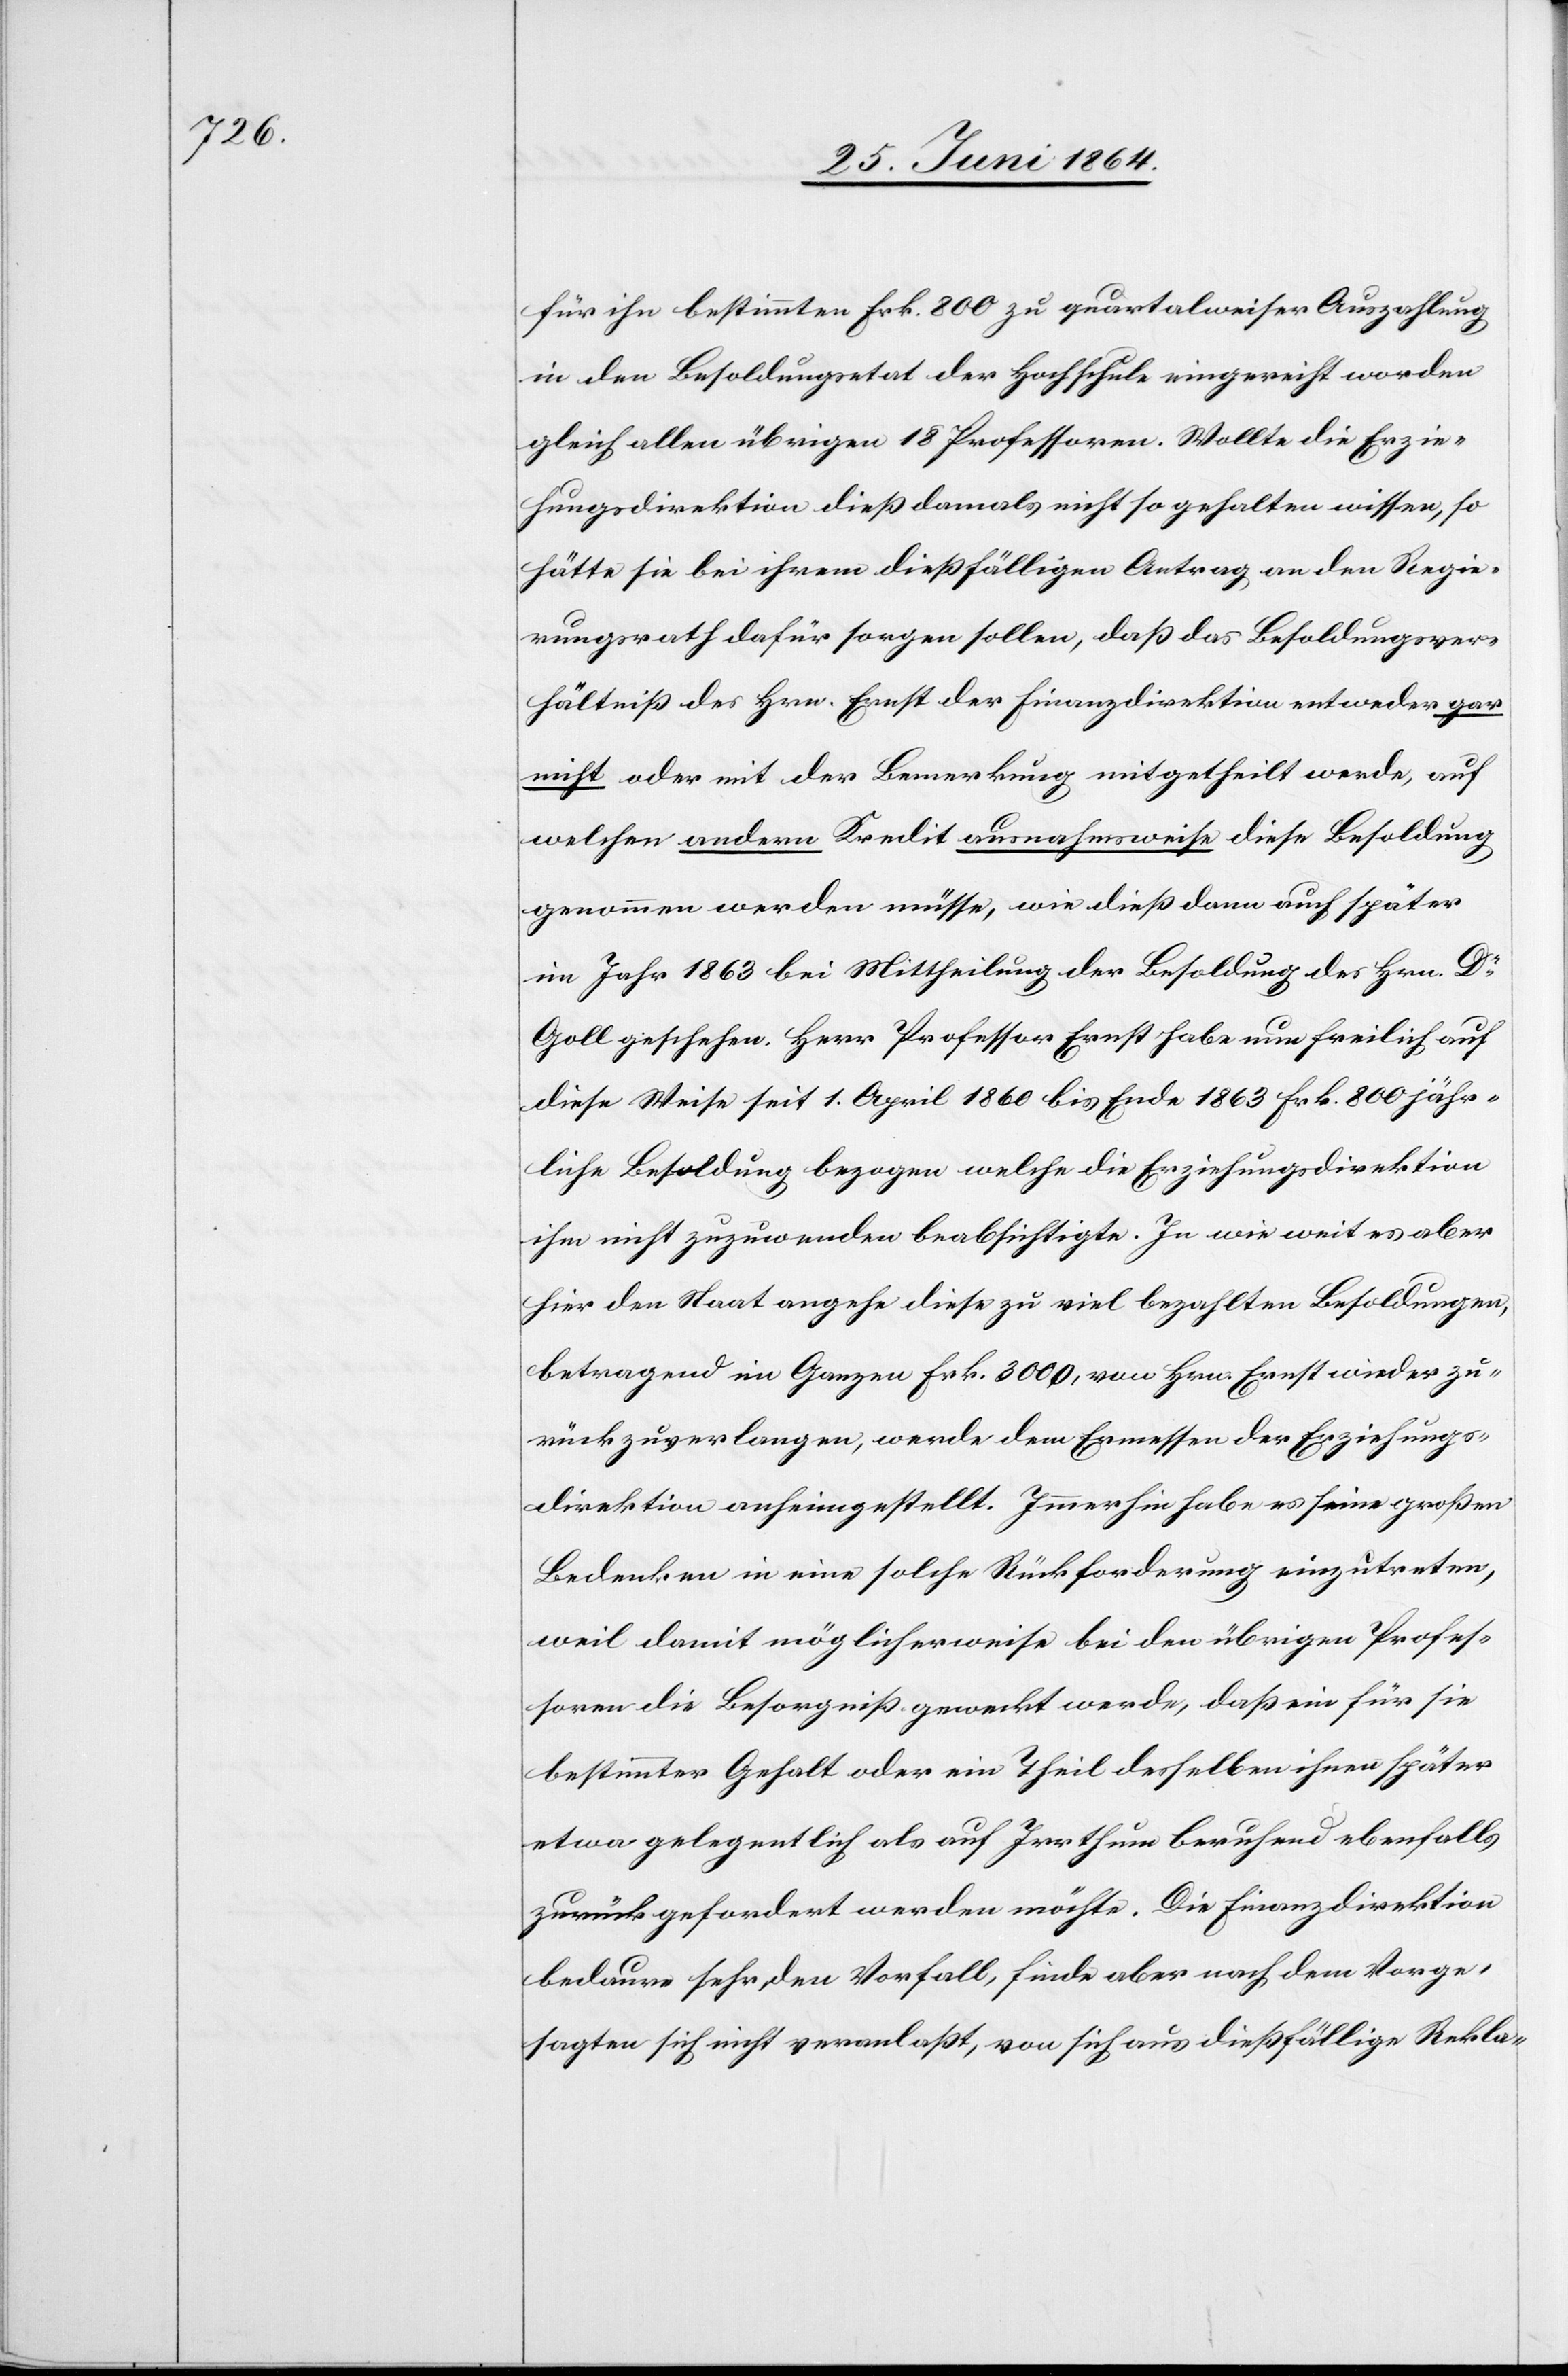
für ihn bestimmten Frk. 800 zu quartalweiser Auszahlung
in den Besoldungsetat der Hochschule eingereiht worden
gleich allen übrigen 18 Professoren. Wollte die Erzie¬
hungsdirektion dieß damals nicht so gehalten wissen, so
hätte sie bei ihrem dießfälligen Antrag an den Regie¬
rungsrath dafür sorgen sollen, daß das Besoldungsver¬
hältniß des Hrn. Ernst der Finanzdirektion entweder gar
nicht oder mit der Bemerkung mitgetheilt werde, auf
welchen andern Kredit ausnahmsweise diese Besoldung
genommen werden müsse, wie dieß dann auch später
im Jahr 1863 bei Mittheilung der Besoldung des Hrn. Dr
Goll geschehen. Herr Professor Ernst habe nun freilich auf
diese Weise seit 1. April 1860 bis Ende 1863 Frk. 800 jähr¬
liche Besoldung bezogen welche die Erziehungsdirektion
ihm nicht zuzuwenden beabsichtigte. In wie weit es aber
hier den Staat angehe diese zu viel bezahlten Besoldungen,
betragend im Ganzen Frk. 3000, von Hrn. Ernst wieder zu¬
rückzuverlangen, werde dem Ermessen der Erziehungs¬
direktion anheimgestellt. Immerhin habe es seine großen
Bedenken in eine solche Rückforderung einzutreten,
weil damit möglicherweise bei den übrigen Profes¬
soren die Besorgniß geweckt werde, daß ein für sie
bestimmter Gehalt oder ein Theil desselben ihnen später
etwa gelegentlich als auf Irrthum beruhend ebenfalls
zurückgefordert werden möchte. Die Finanzdirektion
bedaure sehr den Vorfall [sic!], finde aber nach dem Vorge¬
sagten sich nicht veranlaßt, von sich aus dießfällige Rekla-